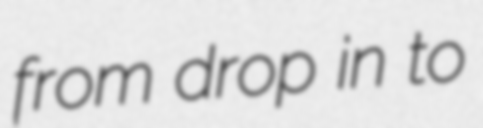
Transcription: from drop in to